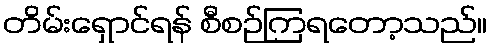
တိမ်းရှောင်ရန် စီစဉ်ကြရတော့သည်။